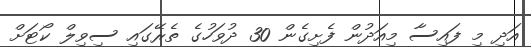
އަދި މި ފައިސާ މިއަދުން ފެށިގެން 30 ދުވަހުގެ ތެރޭގައި ސިވިލް ކޯޓަށް